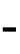
-